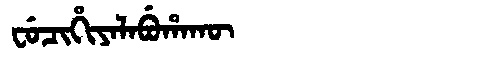
Manchu: ᠸᡠᠴᡳᡥᡳᠶᠠᠯᠠᠪᡠᡥᠠᡴᡡ
Romanization: FUCIHIYALABUHAKŪ